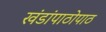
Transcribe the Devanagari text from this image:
खंडांपाठोपाठ